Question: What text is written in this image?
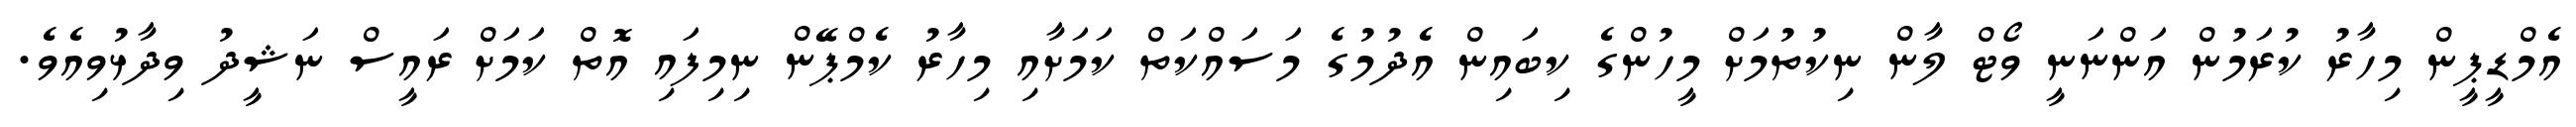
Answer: އެމްޑީޕީން މިހާރު ކުރަމުން އަންނަނީ ވޯޓް ލާން ނިކުތުމަށް މީހުންގެ ކިބައިން އެދުމުގެ މަސައްކަތް ކަމަށާއި މިހާރު ކެމްޕޭން ނިމިފައި އޮތް ކަމަށް ރައީސް ނަޝީދު ވިދާޅުވިއެވެ.